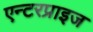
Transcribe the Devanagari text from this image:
एन्टरप्राइज